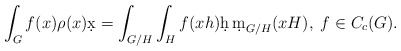
\begin{align*}\int_G f(x)\rho(x) \d x = \int_{G/H}\int_H f(xh)\d h\, \d m_{G/H}(xH), \; f \in C_c(G).\end{align*}